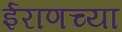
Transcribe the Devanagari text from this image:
ईराणच्या